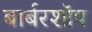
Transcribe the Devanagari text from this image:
बार्बरशॉप